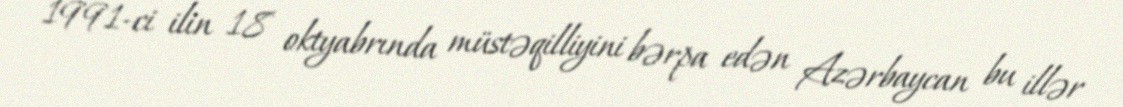
1991-ci ilin 18 oktyabrında müstəqilliyini bərpa edən Azərbaycan bu illər